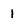
Character: 1